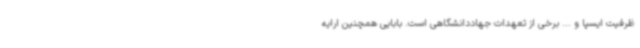
ظرفیت ایسپا و ... برخی از تعهدات جهاددانشگاهی است. بابایی همچنین ارایه